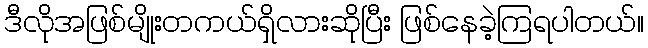
ဒီလိုအဖြစ်မျိုးတကယ်ရှိလားဆိုပြီး ဖြစ်နေခဲ့ကြရပါတယ်။